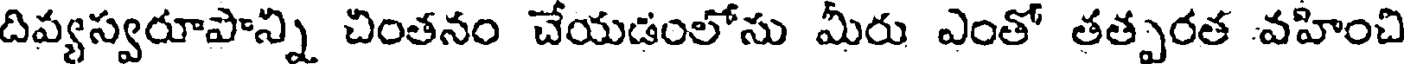
దివ్యస్వరూపాన్ని చింతనం చేయడంలోసు మీరు ఎంతో తత్పరత వహించి